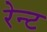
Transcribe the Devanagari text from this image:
रेन्ट